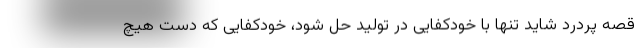
قصه پردرد شاید تنها با خودکفایی در تولید حل شود، خودکفایی که دست هیچ